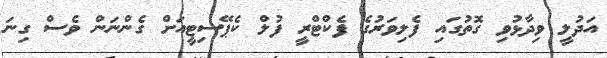
އަދުލީ ވިދާޅުވި ގޮތުގައި ފެލިވަރުގެ ފެކްޓްރީ ފުލް ކެޕޭސިޓީއަށް ގެންނަން ވެސް ގިނަ